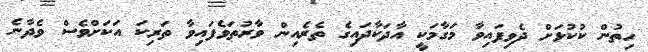
ހިތުން ކުކުޅަށް ދެވިފައިވާ މަގާމަކީ އާދަކާދައިގެ ތެރެއިން ވާރުތަވެފައިވާ ތަރިކަ އަކަށްވެސް ވެދާނެ